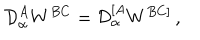
{ \cal D } _ { \alpha } ^ { A } W ^ { B C } = { \cal D } _ { \alpha } ^ { [ A } W ^ { B C ] } \, ,